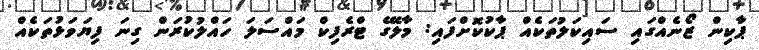
ޕާކިން ޒޯނެއްގައި ސައިކަލުތަކެއް ޕާކުކޮށްފައި: މާލޭގެ ޓްރެފިކް މައްސަލަ ހައްލުކުރަން ގިނަ ފިޔަވަޅުތަކެއް